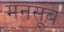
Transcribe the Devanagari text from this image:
मनसूब